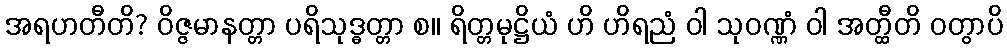
အရဟတီတိ? ဝိဇ္ဇမာနတ္တာ ပရိသုဒ္ဓတ္တာ စ။ ရိတ္တမုဋ္ဌိယံ ဟိ ဟိရညံ ဝါ သုဝဏ္ဏံ ဝါ အတ္ထီတိ ဝတွာပိ